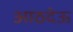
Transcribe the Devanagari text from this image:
आठदेऊ